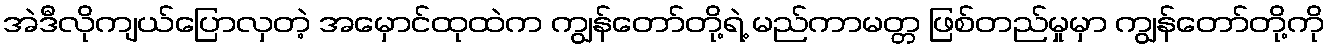
အဲဒီလိုကျယ်ပြောလှတဲ့ အမှောင်ထုထဲက ကျွန်တော်တို့ရဲ့ မည်ကာမတ္တ ဖြစ်တည်မှုမှာ ကျွန်တော်တို့ကို